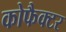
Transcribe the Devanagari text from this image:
कोफैक्टर